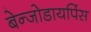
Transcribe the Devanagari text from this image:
बेन्जोडायपिंस